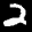
Label: 2